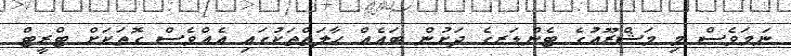
ނަމަވެސް މި މަޝްރޫއުގެ ޓެންޑަރގެ ދަށުން ބައެއް ހާލަތްތަކުގައި އެއްވެސް ގޮތަކަށް ޓްރީޓް